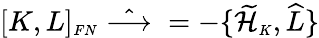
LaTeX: [K,L]_{\scriptscriptstyle FN}\; \hat{\longrightarrow}\; =-\{ \widetilde{\cal H}_{\scriptscriptstyle K},\widehat{L}\}